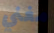
مغني